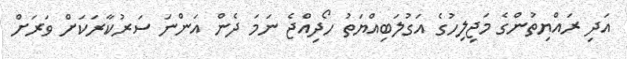
އަދި ރައްޔިތުންގެ މަޖިލިހުގެ އަގުލަބިއްޔަތު ހޯދިއްޖެ ނަމަ ދެން އަންނަ ސަރުކާރަކަށް ވަރަށް